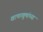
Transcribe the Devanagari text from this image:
खाणाखुणांच्या